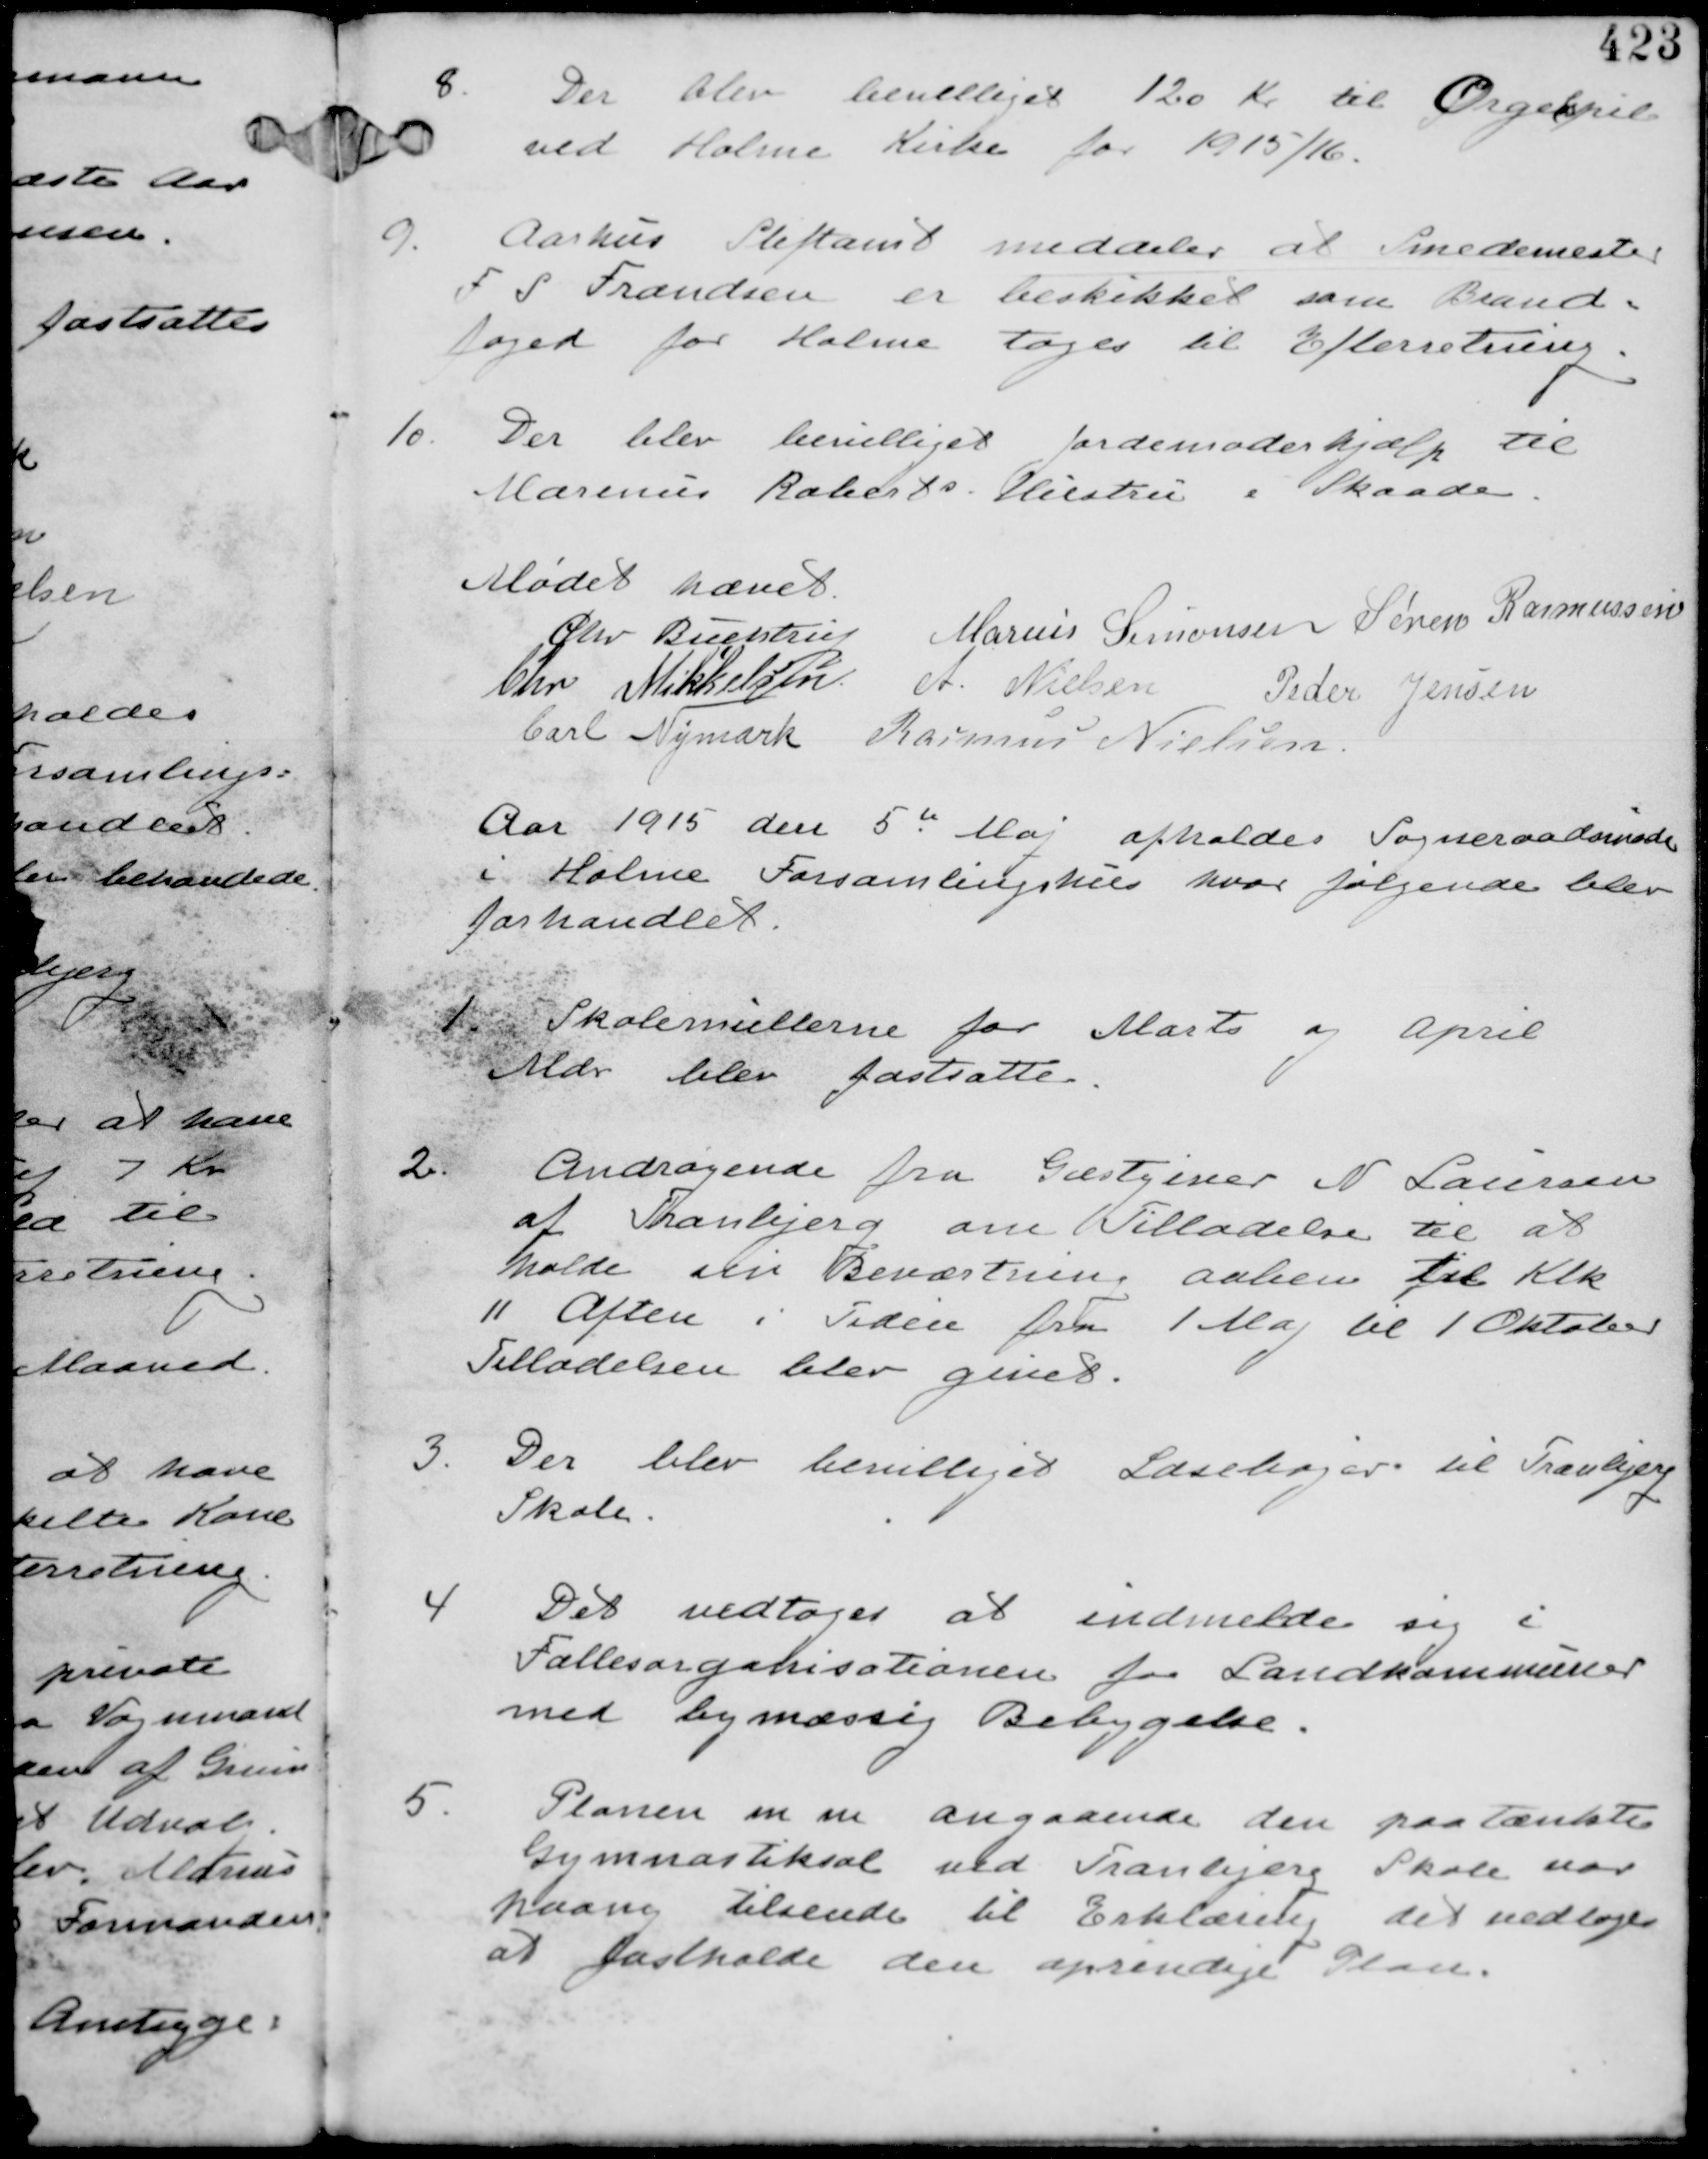
Transskription:
8
Der blev bevilliget 120 Kr til Orgelspil
ved Holme Kirke for 1915/16.

9. Aarhus Stiftamt meddeler at Smedemester
F S Frandsen er beskikket som Brand-
foged for Holme tages til Efterretning.

10. Der blev bevilliget Jordemoderhjælp til
Marinus Roberts Hustru i Skaade.

Mødet hævet
Chr Buchtrup Marius Simonsen Søren Rasmussen
Chr Mikkelsen A. Nielsen Peder Jensen
Carl Nymark Rasmus Nielsen

Aar 1915 den 5de Maj afholdes Sogneraadsmøde
i Holme Forsamlingshus hvor følgende blev
forhandlet

1.
Skolemulterne for Marts og April
Mdr blev fastsatte.

2.
Andragende fra Gæstgiver N Laursen
af Tranbjerg om Tilladelse til at
holde sin Beværtning aaben til Klk
11 Aften i Tiden fra 1 Maj til 1 Oktober
Tilladelsen blev givet.

3.
Der blev bevilliget Læsebøger til Tranbjerg
Skole.

4
Det vedtages at indmelde sig i
Fællesorganisationen for Landkommuner
med bymæssig Bebyggelse.

5
Planen m m angaaende den paatænkte
Gymnastiksal ved Tranbjerg Skole var
paany tilsendt til Erklæring det vedtages
at fastholde den oprindelige Plan.